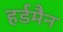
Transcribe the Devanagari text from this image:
हर्डमैन